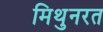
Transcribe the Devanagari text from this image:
मिथुनरत